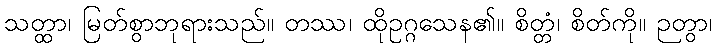
သတ္ထာ၊ မြတ်စွာဘုရားသည်။ တဿ၊ ထိုဥဂ္ဂသေန၏။ စိတ္တံ၊ စိတ်ကို။ ဉတွာ၊